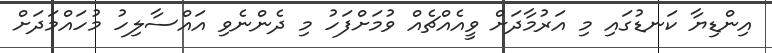
އިންޑިޔާ ކަނޑުގައި މި އަރުމާދަށް ވީއެއްޗެއް ވުމަށްފަހު މި ދެންނެވި އައްސާލިހު މުހައްމަދަށް